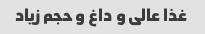
غذا عالی و داغ و حجم زیاد